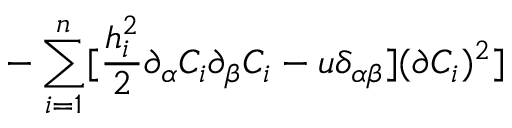
- \sum _ { i = 1 } ^ { n } [ \frac { h _ { i } ^ { 2 } } { 2 } \partial _ { \alpha } C _ { i } \partial _ { \beta } C _ { i } - u \delta _ { \alpha \beta } ] ( \partial C _ { i } ) ^ { 2 } ]